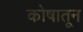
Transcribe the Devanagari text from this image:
कोषातून